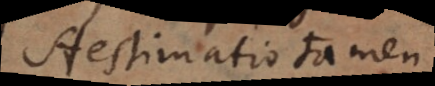
Aestimatio tamen